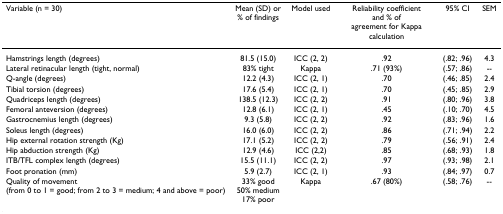
<table><thead><tr><td><b>Variable (n = 30)</b></td><td><b>Mean (SD) or % of findings</b></td><td><b>Model used</b></td><td><b>Reliability coefficient and % of agreement for Kappa calculation</b></td><td><b>95% CI</b></td><td><b>SEM</b></td></tr></thead><tbody><tr><td>Hamstrings length (degrees)</td><td>81.5 (15.0)</td><td>ICC (2, 2)</td><td>.92</td><td>(.82; .96)</td><td>4.3</td></tr><tr><td>Lateral retinacular length (tight, normal)</td><td>83% tight</td><td>Kappa</td><td>.71 (93%)</td><td>(.57; .86)</td><td>--</td></tr><tr><td>Q-angle (degrees)</td><td>12.2 (4.3)</td><td>ICC (2, 1)</td><td>.70</td><td>(.46; .85)</td><td>2.4</td></tr><tr><td>Tibial torsion (degrees)</td><td>17.6 (5.4)</td><td>ICC (2, 1)</td><td>.70</td><td>(.45; .85)</td><td>2.9</td></tr><tr><td>Quadriceps length (degrees)</td><td>138.5 (12.3)</td><td>ICC (2, 2)</td><td>.91</td><td>(.80; .96)</td><td>3.8</td></tr><tr><td>Femoral anteversion (degrees)</td><td>12.8 (6.1)</td><td>ICC (2, 1)</td><td>.45</td><td>(.10; .70)</td><td>4.5</td></tr><tr><td>Gastrocnemius length (degrees)</td><td>9.3 (5.8)</td><td>ICC (2, 2)</td><td>.92</td><td>(.83; .96)</td><td>1.6</td></tr><tr><td>Soleus length (degrees)</td><td>16.0 (6.0)</td><td>ICC (2, 2)</td><td>.86</td><td>(.71; .94)</td><td>2.2</td></tr><tr><td>Hip external rotation strength (Kg)</td><td>17.1 (5.2)</td><td>ICC (2, 2)</td><td>.79</td><td>(.56; .91)</td><td>2.4</td></tr><tr><td>Hip abduction strength (Kg)</td><td>12.9 (4.6)</td><td>ICC (2,2)</td><td>.85</td><td>(.68; .93)</td><td>1.8</td></tr><tr><td>ITB/TFL complex length (degrees)</td><td>15.5 (11.1)</td><td>ICC (2, 2)</td><td>.97</td><td>(.93; .98)</td><td>2.1</td></tr><tr><td>Foot pronation (mm)</td><td>5.9 (2.7)</td><td>ICC (2, 1)</td><td>.93</td><td>(.84; .97)</td><td>0.7</td></tr><tr><td>Quality of movement (from 0 to 1 = good; from 2 to 3 = medium; 4 and above = poor)</td><td>33% good50% medium17% poor</td><td>Kappa</td><td>.67 (80%)</td><td>(.58; .76)</td><td>--</td></tr></tbody></table>